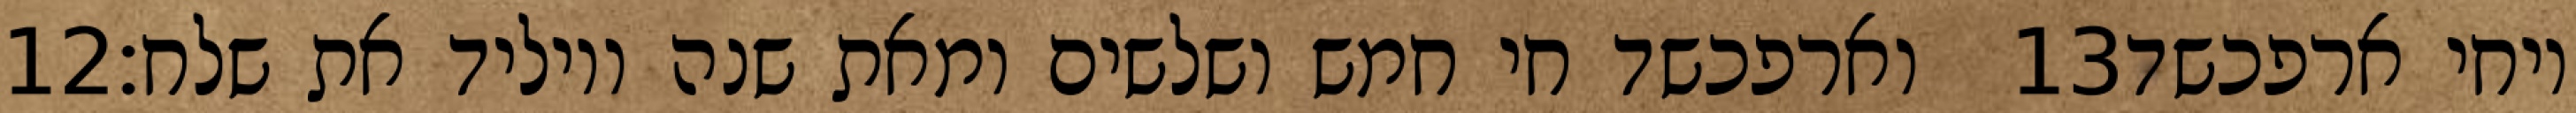
‎12‏ וארפכשד חי חמש ושלשים ומאת שנה ויוליד את שלח׃ ‎13‏ ויחי ארפכשד